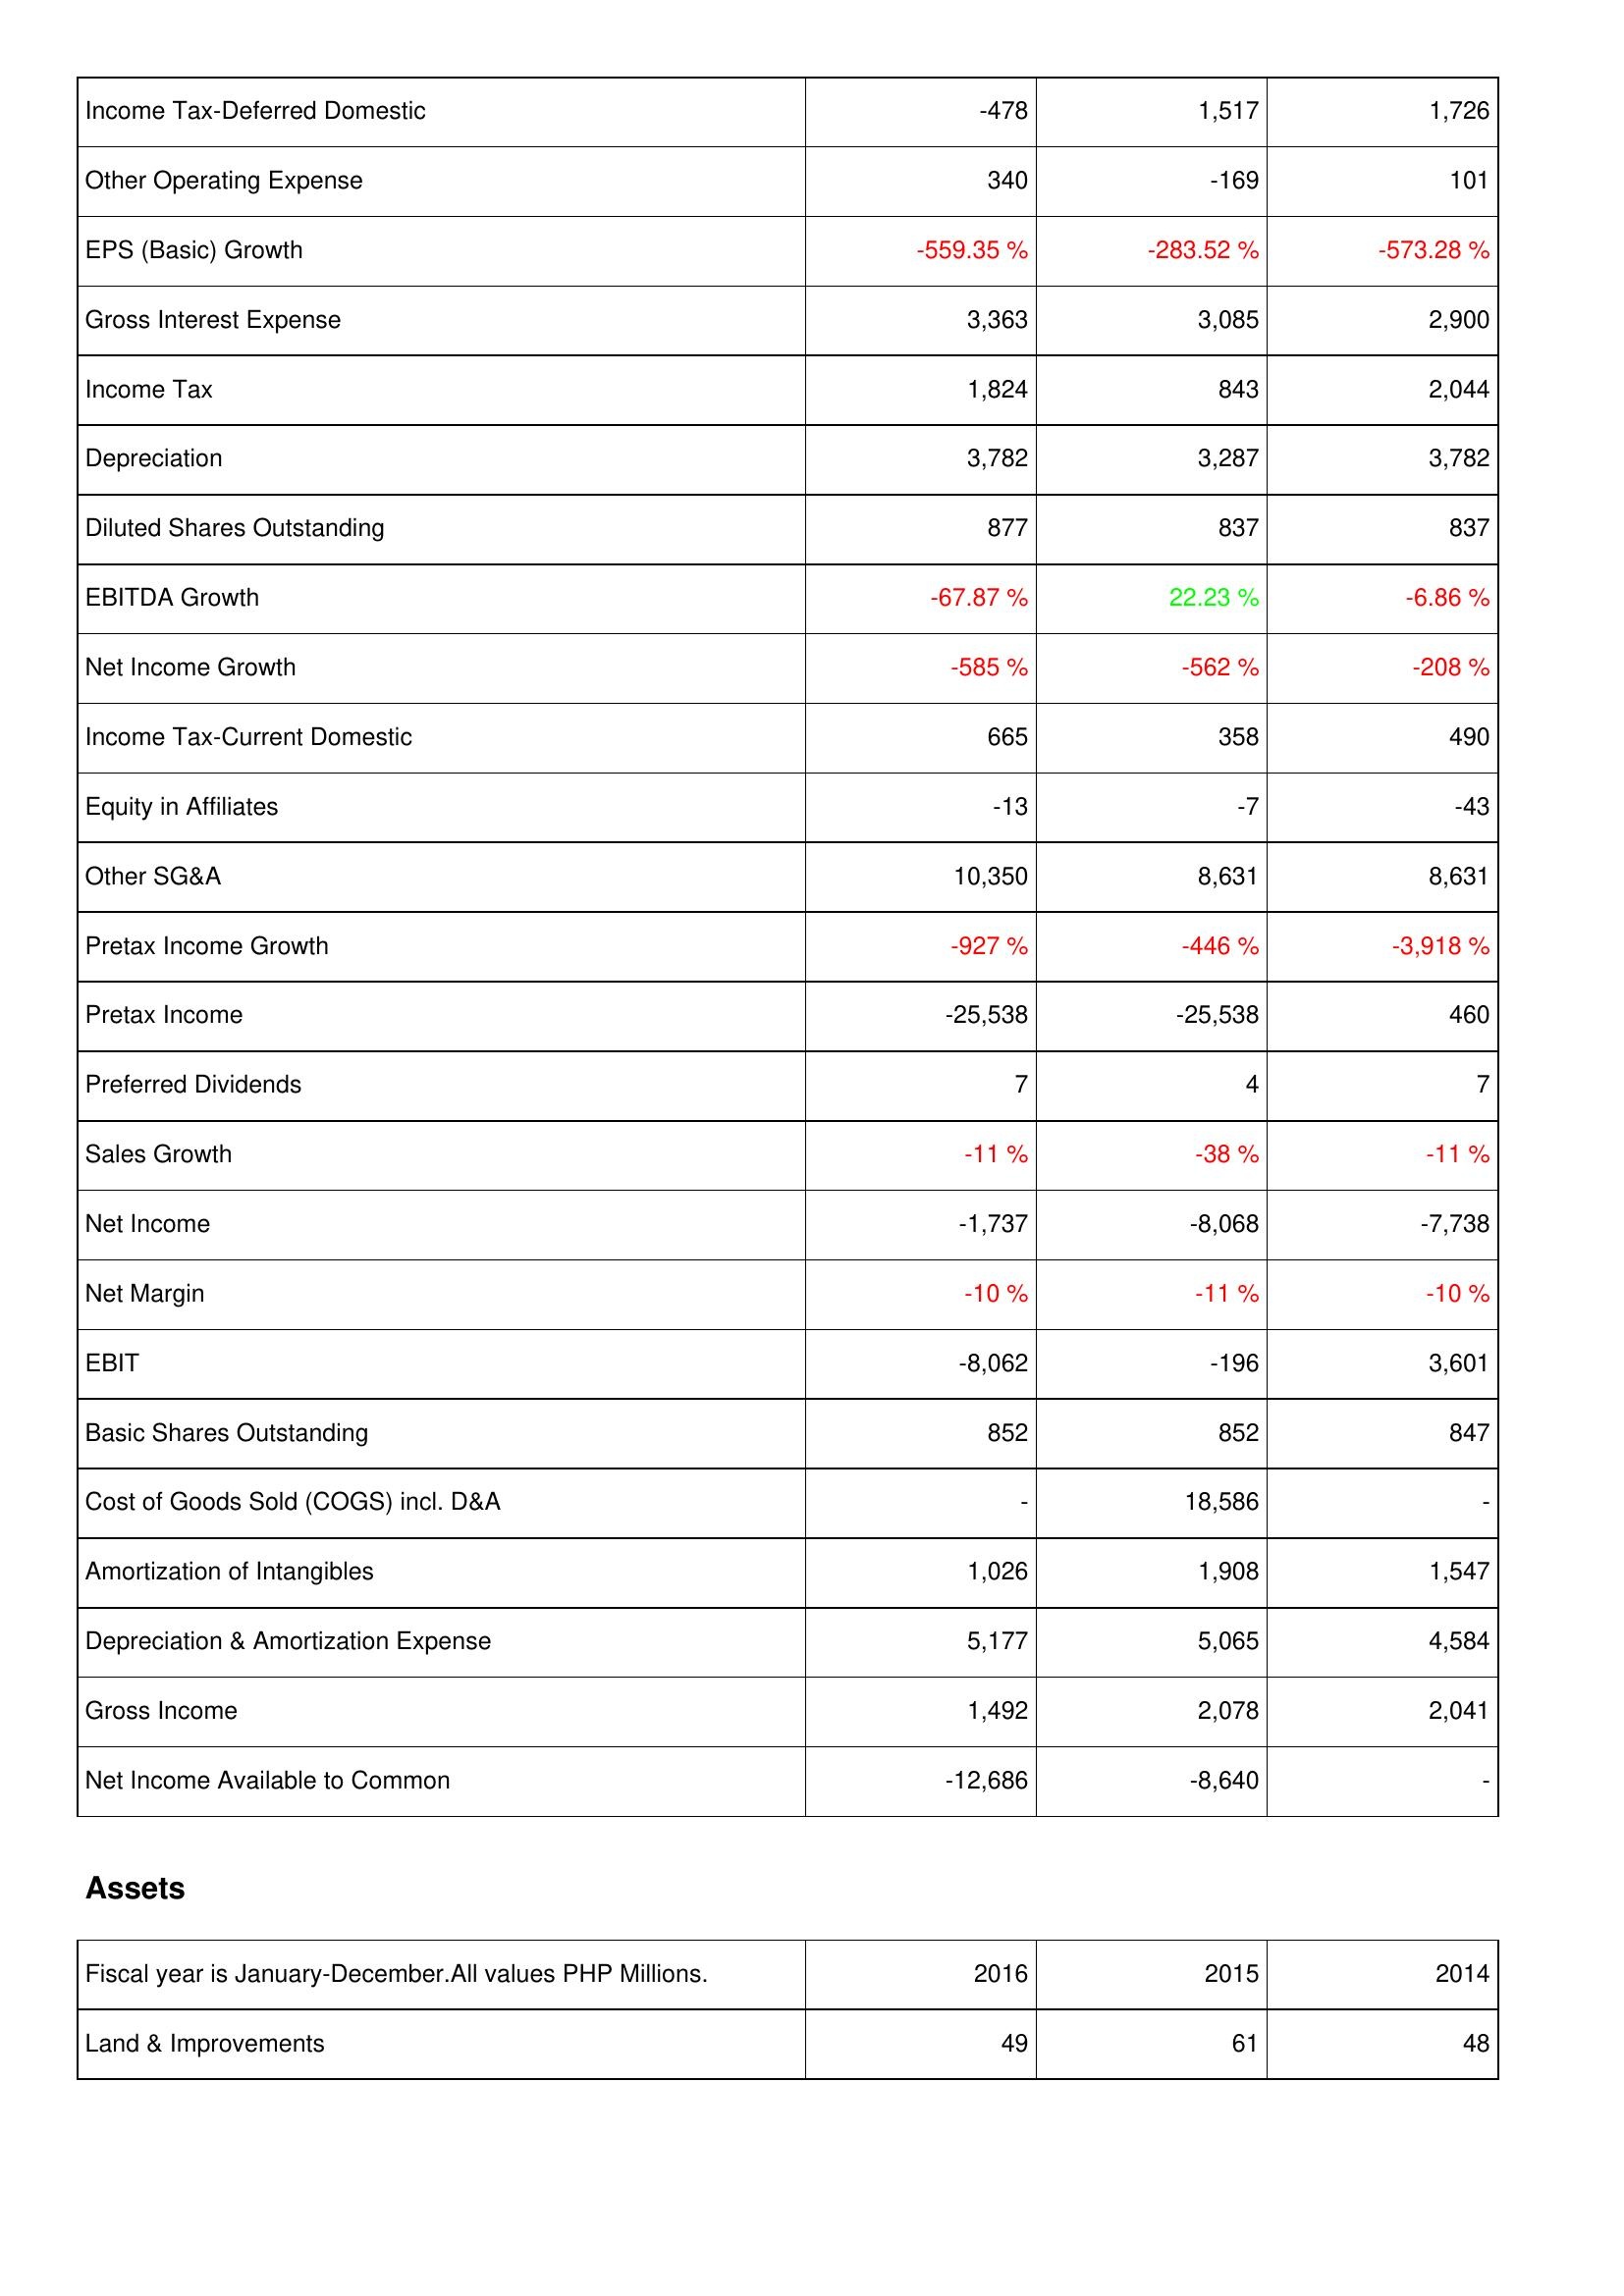
2016: Income Statement: Income Tax-Deferred Domestic: -478
Other Operating Expense: 340
EPS (Basic) Growth: -559.35 %
Gross Interest Expense: 3,363
Income Tax: 1,824
Depreciation: 3,782
Diluted Shares Outstanding: 877
EBITDA Growth: -67.87 %
Net Income Growth: -585 %
Income Tax-Current Domestic: 665
Equity in Affiliates: -13
Other SG&A: 10,350
Pretax Income Growth: -927 %
Pretax Income: -25,538
Preferred Dividends: 7
Sales Growth: -11 %
Net Income: -1,737
Net Margin: -10 %
EBIT: -8,062
Basic Shares Outstanding: 852
Cost of Goods Sold (COGS) incl. D&A: -
Amortization of Intangibles: 1,026
Depreciation & Amortization Expense: 5,177
Gross Income: 1,492
Net Income Available to Common: -12,686
Assets: Land & Improvements: 49
2015: Income Statement: Income Tax-Deferred Domestic: 1,517
Other Operating Expense: -169
EPS (Basic) Growth: -283.52 %
Gross Interest Expense: 3,085
Income Tax: 843
Depreciation: 3,287
Diluted Shares Outstanding: 837
EBITDA Growth: 22.23 %
Net Income Growth: -562 %
Income Tax-Current Domestic: 358
Equity in Affiliates: -7
Other SG&A: 8,631
Pretax Income Growth: -446 %
Pretax Income: -25,538
Preferred Dividends: 4
Sales Growth: -38 %
Net Income: -8,068
Net Margin: -11 %
EBIT: -196
Basic Shares Outstanding: 852
Cost of Goods Sold (COGS) incl. D&A: 18,586
Amortization of Intangibles: 1,908
Depreciation & Amortization Expense: 5,065
Gross Income: 2,078
Net Income Available to Common: -8,640
Assets: Land & Improvements: 61
2014: Income Statement: Income Tax-Deferred Domestic: 1,726
Other Operating Expense: 101
EPS (Basic) Growth: -573.28 %
Gross Interest Expense: 2,900
Income Tax: 2,044
Depreciation: 3,782
Diluted Shares Outstanding: 837
EBITDA Growth: -6.86 %
Net Income Growth: -208 %
Income Tax-Current Domestic: 490
Equity in Affiliates: -43
Other SG&A: 8,631
Pretax Income Growth: -3,918 %
Pretax Income: 460
Preferred Dividends: 7
Sales Growth: -11 %
Net Income: -7,738
Net Margin: -10 %
EBIT: 3,601
Basic Shares Outstanding: 847
Cost of Goods Sold (COGS) incl. D&A: -
Amortization of Intangibles: 1,547
Depreciation & Amortization Expense: 4,584
Gross Income: 2,041
Net Income Available to Common: -
Assets: Land & Improvements: 48